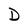
Character: D